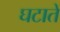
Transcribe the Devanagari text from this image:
घटातें